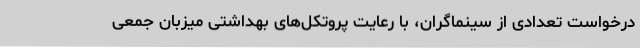
درخواست‌ تعدادی از سینماگران، با رعایت پروتکل‌های بهداشتی میزبان جمعی